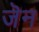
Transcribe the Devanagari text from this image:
जॆन